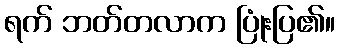
ရက် ဘတ်တလာက ပြုံးပြ၏။